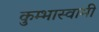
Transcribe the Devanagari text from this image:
कुम्भास्वामी